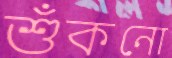
শুঁকনো